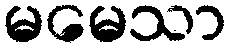
မမေသာ